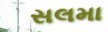
સલમા